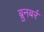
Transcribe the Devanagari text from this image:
ब्रुनबर्र